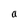
Character: a